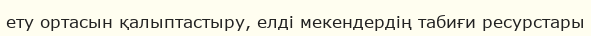
ету ортасын қалыптастыру, елді мекендердің табиғи ресурстары